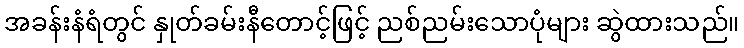
အခန်းနံရံတွင် နှုတ်ခမ်းနီတောင့်ဖြင့် ညစ်ညမ်းသောပုံများ ဆွဲထားသည်။